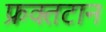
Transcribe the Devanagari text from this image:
फ्रक्तटान